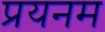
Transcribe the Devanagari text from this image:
प्रयनम